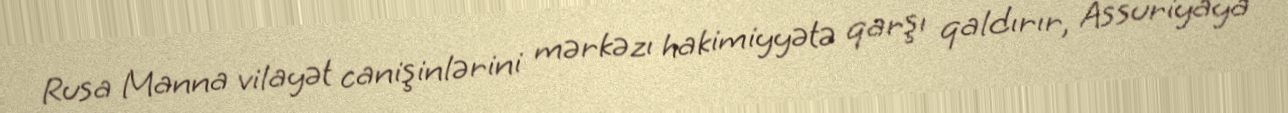
Rusa Manna vilayət canişinlərini mərkəzı hakimiyyətə qarşı qaldırır, Assuriyaya